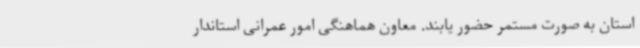
استان به صورت مستمر حضور یابند. معاون هماهنگی امور عمرانی استاندار